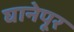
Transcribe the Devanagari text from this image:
घानेपूर